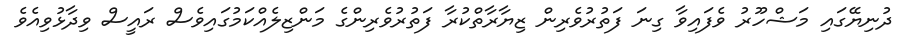
ދުނިޔޭގައި މަޝްހޫރު ވެފައިވާ ގިނަ ފަތުރުވެރިން ޒިޔާރާތްކުރާ ފަތުރުވެރިންގެ މަންޒިލެއްކަމުގައިވެސް ރައީސް ވިދާޅުވިއެވެ